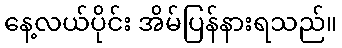
နေ့လယ်ပိုင်း အိမ်ပြန်နားရသည်။